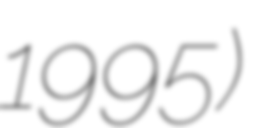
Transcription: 1995)